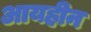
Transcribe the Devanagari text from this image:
आयहीन